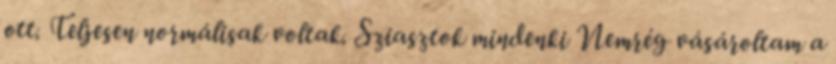
ott. Teljesen normálisak voltak. Sziasztok mindenki Nemrég vásároltam a